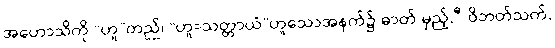
အဟောသိကို “ဟူ”တည်၊ “ဟူ=သတ္တာယံ”ဟူသောအနက်၌ ဓာတ် မှည့်, -ီ ဝိဘတ်သက်,